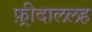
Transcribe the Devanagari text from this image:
फ़्रीदाललह